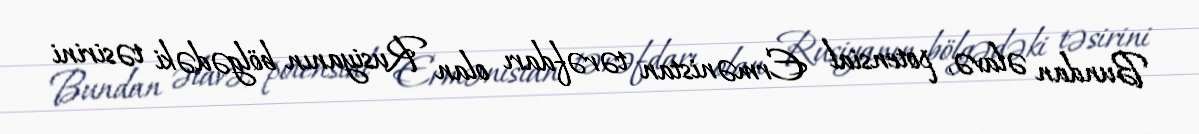
Bundan əlavə, potensial Ermənistan tərəfdarı olan Rusiyanın bölgədəki təsirini